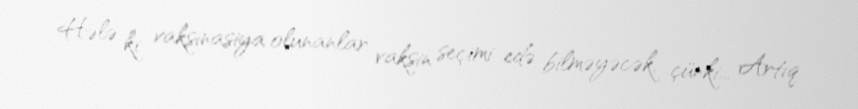
Hələ ki vaksinasiya olunanlar vaksin seçimi edə bilməyəcək, çünki... Artıq